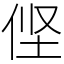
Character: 㑠